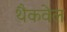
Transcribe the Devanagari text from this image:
थैकवेल